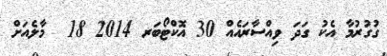
ގުގުރުމާ އެކު ގަދަ ވިއްސާރައެއް 30 އޮކްޓޯބަރ 2014 18  މާލެއަށް